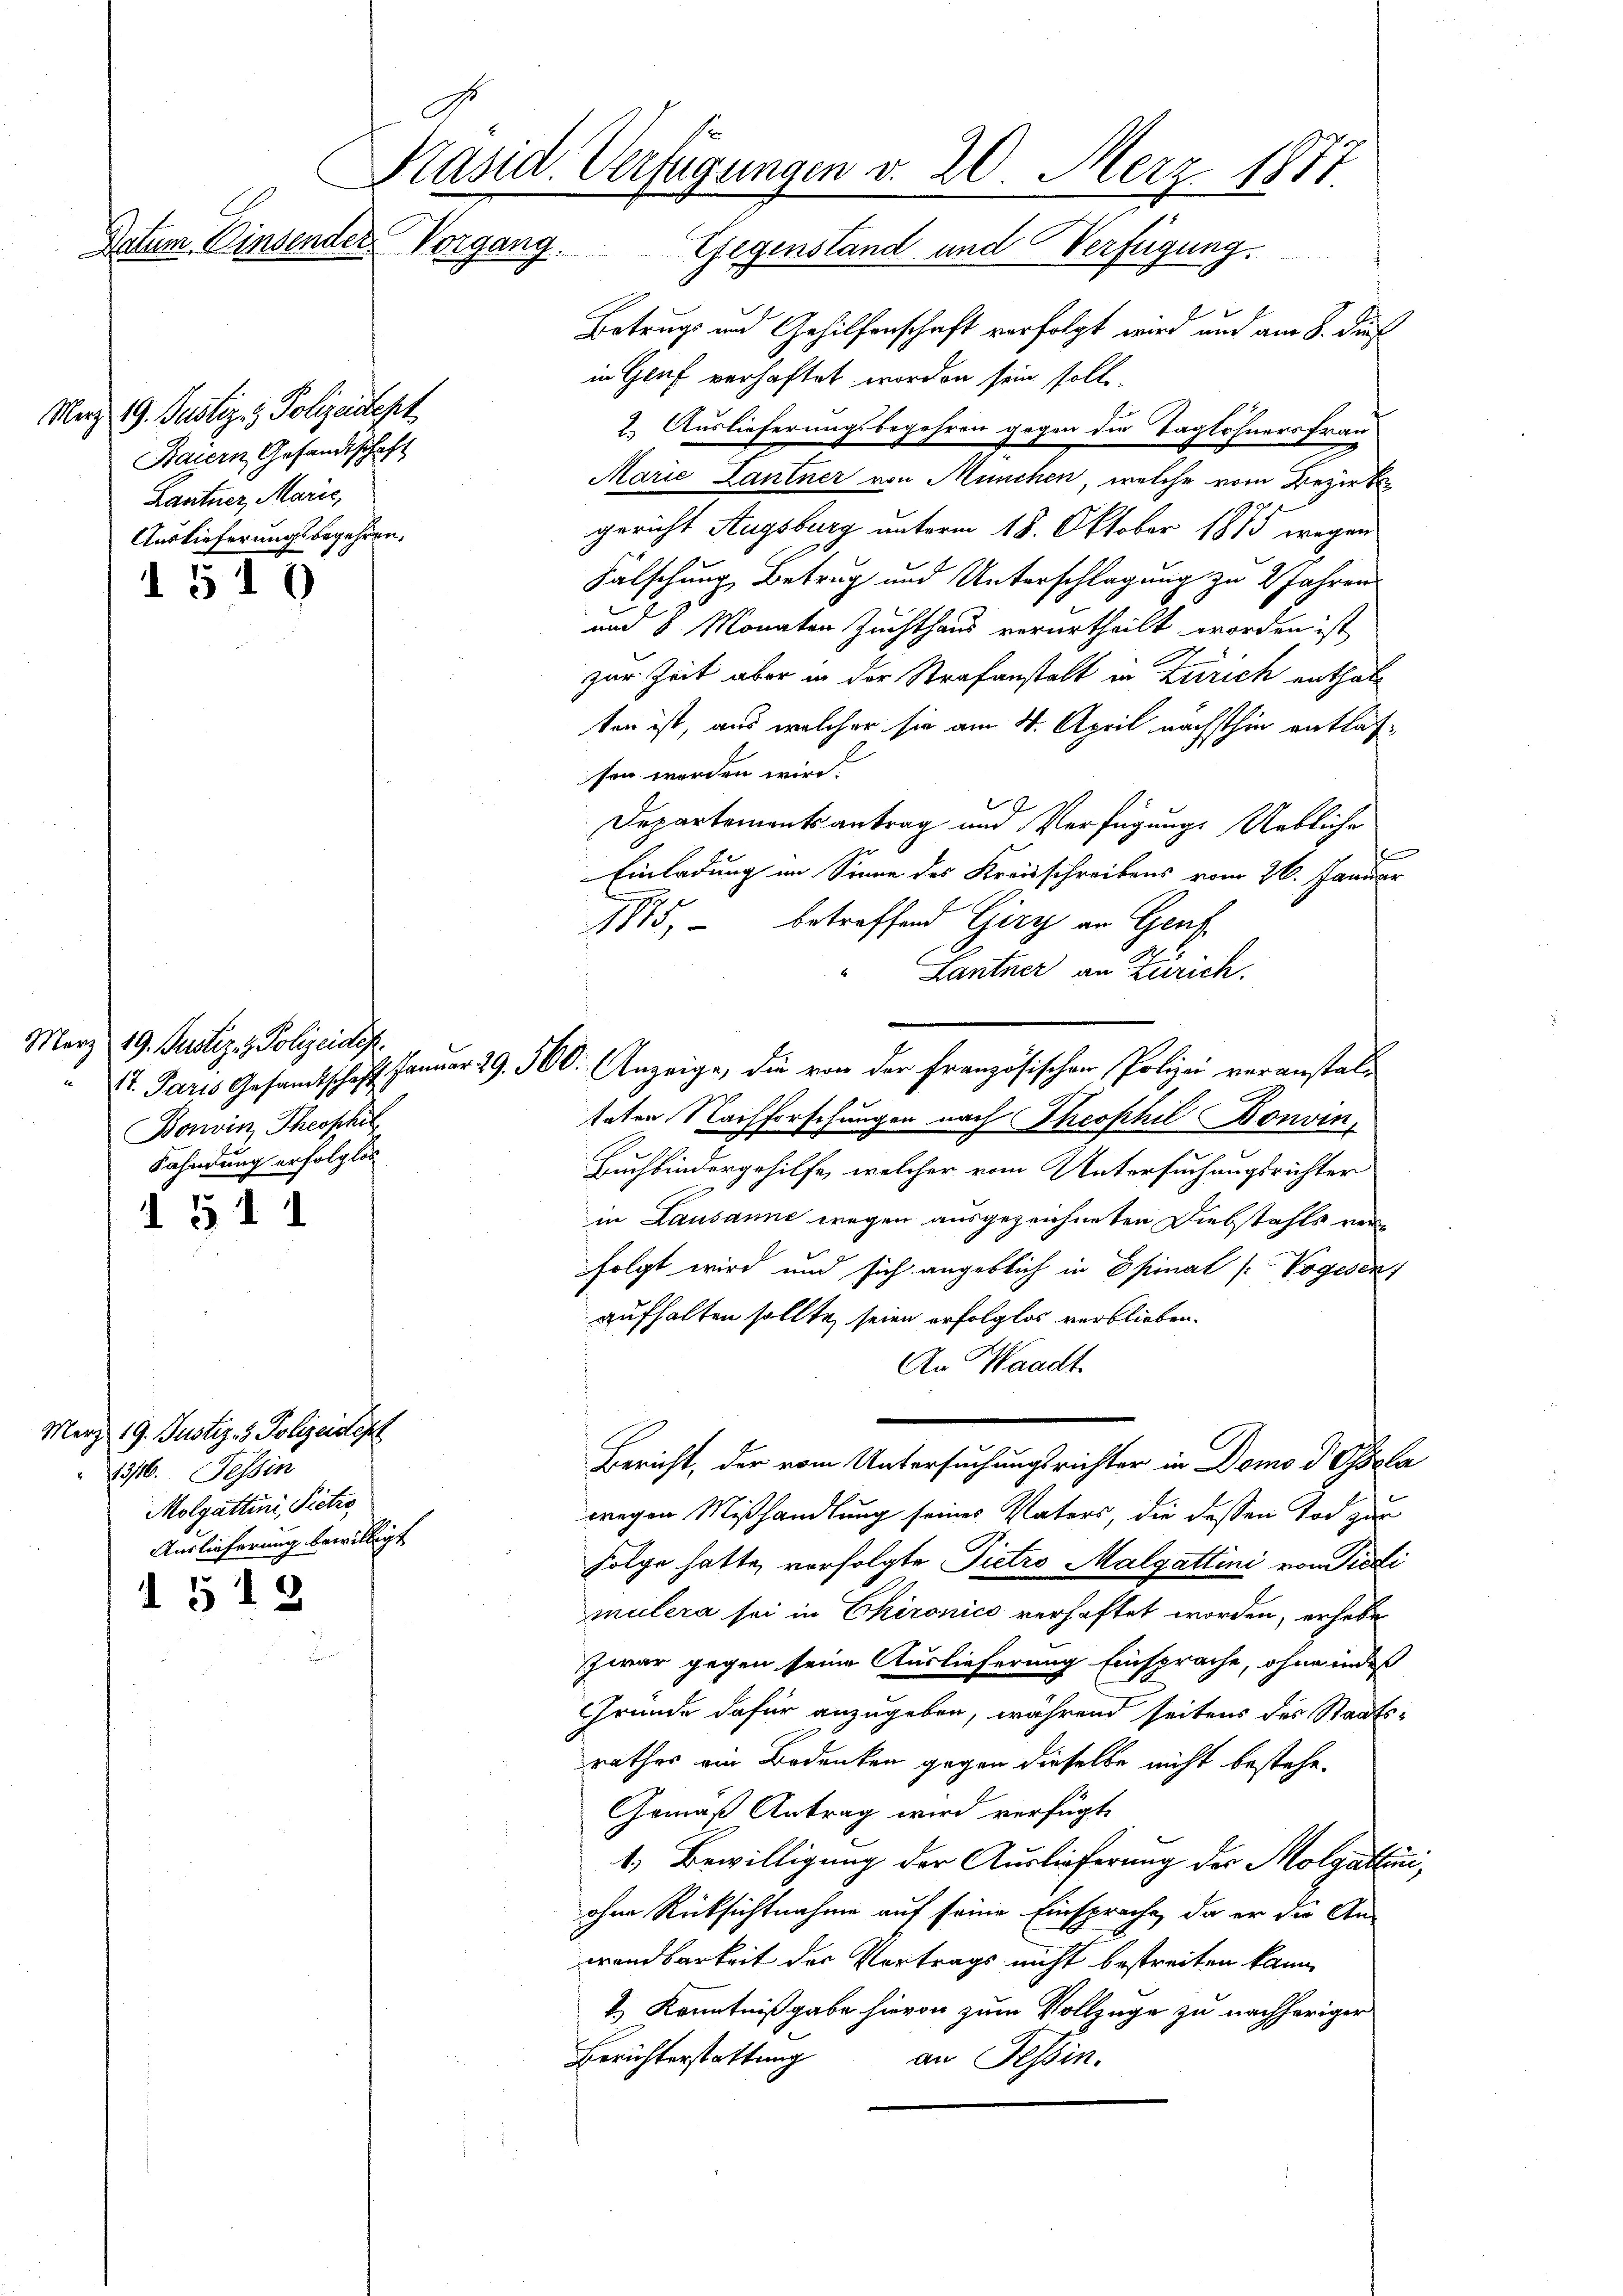
Hand. Verfügungen v. 20. Merz 1877
Datum. Einsender Vorgang. Gegenstand und Verfügung.

Merz 19. Justiz & Polizeidept
Baiern Gesandtschaft
Lantner, Marić,
Auslieferungsbegehren.

1 510

März 19. Justiz & Polizeidep
Bonvin Theophil
Fahndung erfolglos

1311

I 512.

Merz 19. Justiz- & Polizeidep
1316. Tessin
Molgattini, Pietro
Auslieferung bewilligt,

Betrugs und Gehilfenschaft verfolgt wird und am 8. dieß
in Genf verhaftet worden sein solle.
2. Auslieferungsbegehren gegen die Taglöhnersfrau
Marie Lantner von München, welche vom Bezirksgericht Augsburg unterm 18. Oktober 1875 wegen
Fälschung Betrug und Unterschlagung zu 2 Jahren
und 8 Monaten Zuchthaus verurtheilt worden ist
zur Zeit aber in der Strafanstalt in Zürich enthalten ist, aus welcher sie am 4. April nächsthin entlassen werden wird.
.
Departementsantrag um Verfügung. Uebliche
Brunnen
Einladung im Sinne des Kreisschreibens vom 26. Januar
1875, betreffend Giry an Genf
Lantner an Zürich.
1t. Paris Gesandtschaft. Januar 29. 560. Anzeige, die von der Französischen Polizei veranstaltaten Nachforschungen nach Theophil Bonvin,
.
Buchbindergehilfe, welcher vom Untersuchungsrichter
in Lausanne wegen ausgezeichneten Diebstahls verfolgt wird und sich angeblich in Epinat (Vogesen)
aufhalten sollte, seien erfolglos verblieben.
An Waadt.
Bericht, der vom Untersuchungsrichter in Domo d Ohssla
wegen Mißhandlung seines Vaters, die dessen Tod zur
Folge hatte, vorfolgte Pietro Malgattini von Pieti
mülera sei in Chironico verhaftet worden, erhebe
zwar gegen seine Auslieferung Einsprache, ohne indeß
Gründe dafür anzugeben, während seitens des Staats-
rathes ein Bedenken gegen dieselbe nicht bestehe.
Gemäß Antrag wird verfügt,
1.) Bewilligung der Auslieferung der Molgáltuiohne Rücksichtnahme auf seine Einsprache, da er die An-
wendbarkeit der Vortrags nicht bestreiten kann
2.) Kenntnißgabe hievon zum Vollzüge zu nachheriger
Berichterstattung
an Tessin.